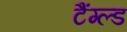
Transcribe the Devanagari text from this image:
टैंग्ल्ड